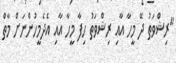
"ރިޝްވަތު ދޭ މީހާ އާއި ރިޝްވަތު ހިފާ މީހާ އާއި އެދެމީހުންނަށް މާތް